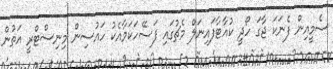
ސެމީއިން ފެނަކަ ޖާގަ ހޯދީ ކުއާޓާފައިނަލް މެޗުގައި ފަސޭހަކަމާއެކު ހައުސިން މިނިސްޓްރީ އަތުން